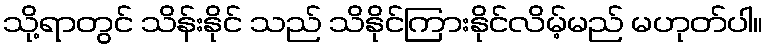
သို့ရာတွင် သိန်းနိုင် သည် သိနိုင်ကြားနိုင်လိမ့်မည် မဟုတ်ပါ။